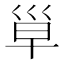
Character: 𰏄